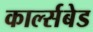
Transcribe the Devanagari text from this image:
कार्ल्सबेड